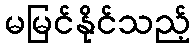
မမြင်နိုင်သည့်